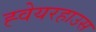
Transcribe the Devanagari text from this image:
ह्वेयरहाउस